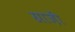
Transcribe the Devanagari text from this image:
ग्राज़ी